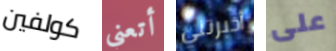
كولفين أتعني أخبرتني على